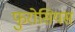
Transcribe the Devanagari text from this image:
फुरोसियस